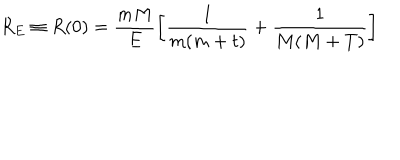
R _ { E } \equiv R ( 0 ) = \frac { m M } E \left[ \frac 1 { m ( m + t ) } + \frac 1 { M ( M + T ) } \right]